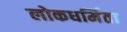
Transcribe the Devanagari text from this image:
लोकधर्मिता